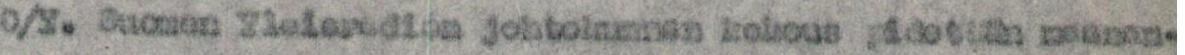
O/Y. Suomen Yleisradion johtokunnan kokous pidetään maanan-